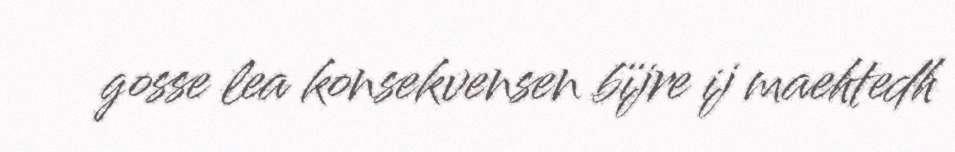
gosse lea konsekvensen bïjre ij maehtedh